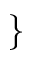
\}